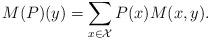
LaTeX: \begin{align*}M(P)(y)=\sum_{x\in {\cal X}}P(x)M(x, y).\end{align*}